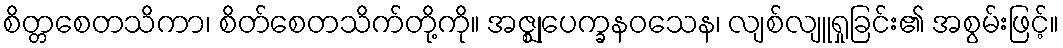
စိတ္တစေတသိကာ၊ စိတ်စေတသိက်တို့ကို။ အဇ္ဈုပေက္ခနဝသေန၊ လျစ်လျူရှုခြင်း၏ အစွမ်းဖြင့်။